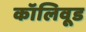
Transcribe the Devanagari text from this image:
कॉलिवूड